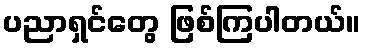
ပညာရှင်တွေ ဖြစ်ကြပါတယ်။